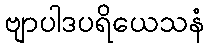
ဗျာပါဒပရိယေသနံ